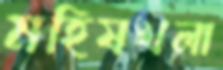
মহিষখলা